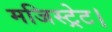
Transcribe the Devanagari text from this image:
मजिस्ट्रेट।